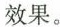
效果。